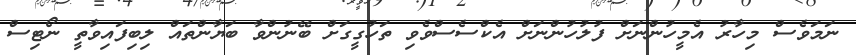
ނަމަވެސް މިހާރު އެމީހުންނަށް ފުލުހުންނަށް އެކްސެސްވެވި ތަހުގީގަށް ބޭނުންވާ ބަޔާންތައް ލިބިފައިވާތީ ނޯޓިސް